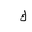
Letter: _kaf